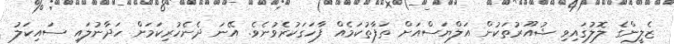
ޒެލީންގެ ލޮލުގައިވި ޝުއޫރުތަކުން އަލްޔަސްއަށް ތަފާތުކަމެއް ފާހަގަކުރެވުނެވެ. އޭނަ ދެނެހުރިކަމަށް ހަދާނުލައި ސައިކަލު